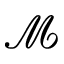
\boldsymbol { \mathcal M }